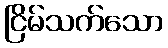
ငြိမ်သက်သော